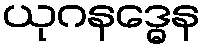
ယုဂနဒ္ဓေန